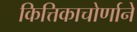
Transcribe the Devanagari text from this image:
कित्तिकाचोर्णाने